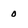
Character: o